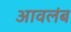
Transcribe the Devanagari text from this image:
आवलंब